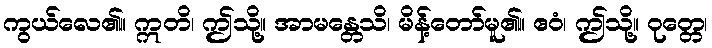
ကွယ်လေ၏။ ဣတိ၊ ဤသို့။ အာမန္တေသိ၊ မိန့်တော်မူ၏။ ဧဝံ၊ ဤသို့။ ဝုတ္တေ၊